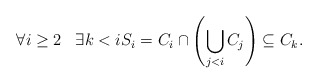
\begin{align*} \forall i\geq 2\;\;\; \exists k<iS_{i}=C_{i}\cap \left(\bigcup_{j<i} C_{j}\right)\subseteq C_{k}.\end{align*}